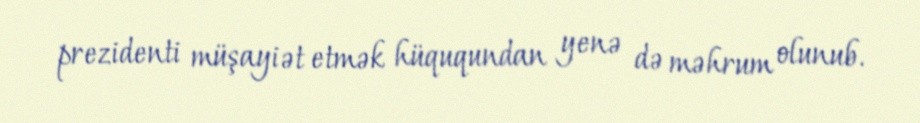
prezidenti müşayiət etmək hüququndan yenə də məhrum olunub.